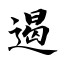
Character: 遏